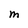
Character: M